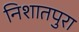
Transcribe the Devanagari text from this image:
निशातपुरा